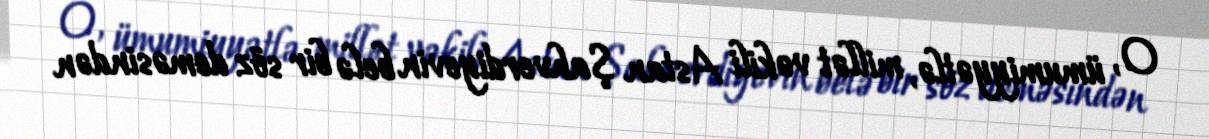
O, ümumiyyətlə, millət vəkili Astan Şahverdiyevin belə bir söz deməsindən